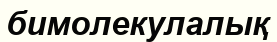
бимолекулалық